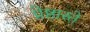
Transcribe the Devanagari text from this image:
प्रेष्ठास्ते